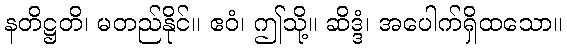
နတိဋ္ဌတိ၊ မတည်နိုင်။ ဧဝံ၊ ဤသို့။ ဆိဒ္ဒံ၊ အပေါက်ရှိထသော။